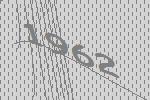
1962